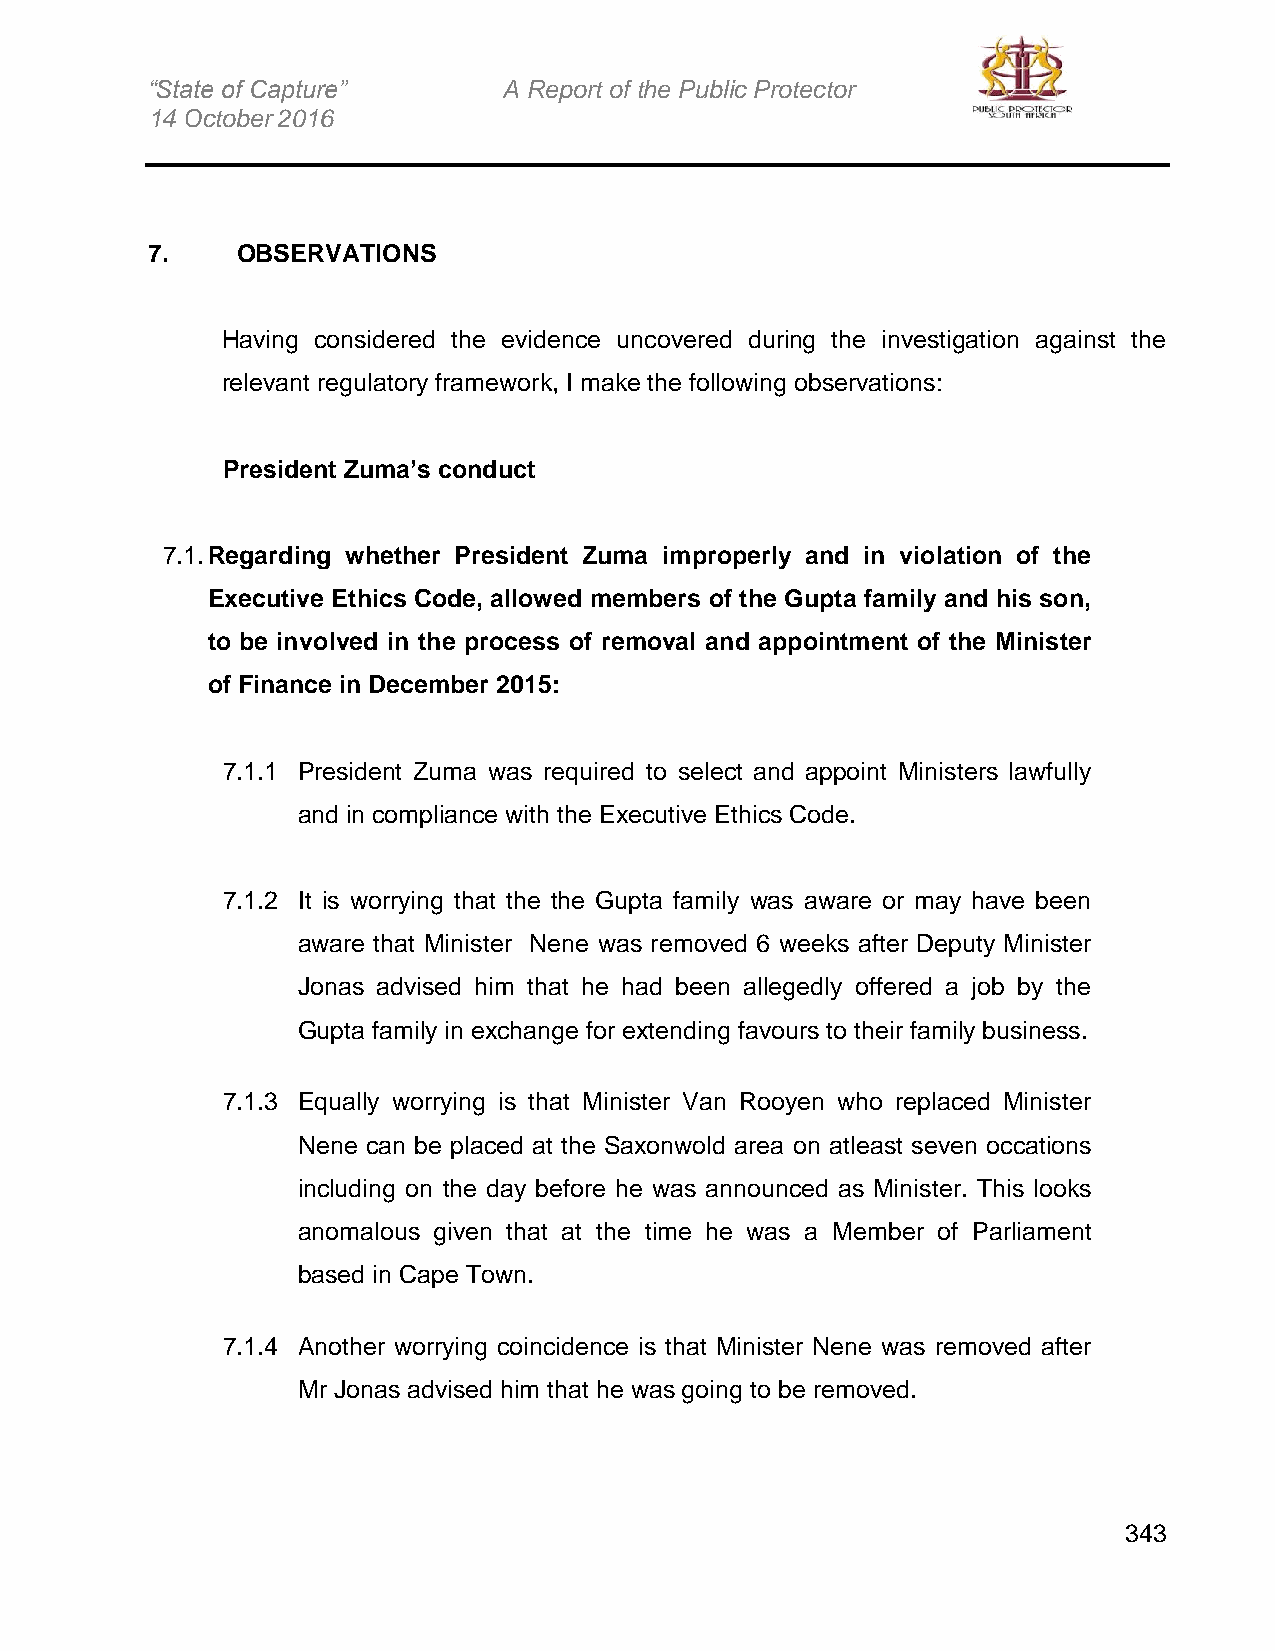
“State of Capture”     A Report of the Public Protector
 14 October 2016
 7.    OBSERVATIONS
 Having considered the evidence uncovered during the investigation against the
 relevant regulatory framework, I make the following observations:
 President Zuma’s conduct
 7.1. Regarding whether President Zuma improperly and in violation of the
 Executive Ethics Code, allowed members of the Gupta family and his son,
 to be involved in the process of removal and appointment of the Minister
 of Finance in December 2015:
 7.1.1 President Zuma was required to select and appoint Ministers lawfully
 and in compliance with the Executive Ethics Code.
 7.1.2 It is worrying that the the Gupta family was aware or may have been
 aware that Minister Nene was removed 6 weeks after Deputy Minister
 Jonas advised him that he had been allegedly offered a job by the
 Gupta family in exchange for extending favours to their family business.
 7.1.3 Equally worrying is that Minister Van Rooyen who replaced Minister
 Nene can be placed at the Saxonwold area on atleast seven occations
 including on the day before he was announced as Minister. This looks
 anomalous given that at the time he was a Member of Parliament
 based in Cape Town.
 7.1.4 Another worrying coincidence is that Minister Nene was removed after
 Mr Jonas advised him that he was going to be removed.
 343